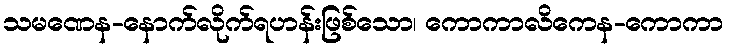
သမဏေန-နောက်လိုက်ရဟန်းဖြစ်သော၊ ကောကာလိကေန-ကောကာ